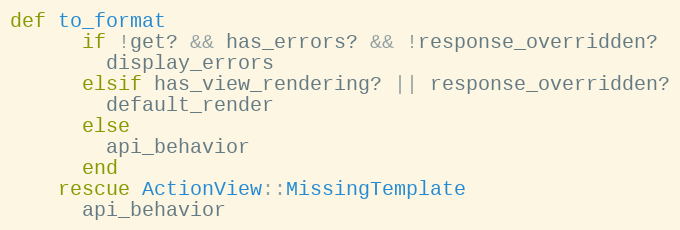
Language: Ruby
def to_format
      if !get? && has_errors? && !response_overridden?
        display_errors
      elsif has_view_rendering? || response_overridden?
        default_render
      else
        api_behavior
      end
    rescue ActionView::MissingTemplate
      api_behavior